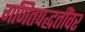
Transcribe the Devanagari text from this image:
गणितपद्धतींवर